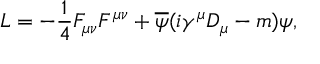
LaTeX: { \cal L } = - \frac { 1 } { 4 } F _ { \mu \nu } F ^ { \mu \nu } + \overline { { { \psi } } } ( i \gamma ^ { \mu } D _ { \mu } - m ) \psi ,